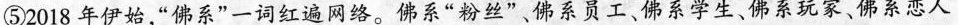
⑤2018年伊始”佛系”一词红遍网络。佛系”粉丝”。佛系员工、佛系学生、佛系玩家、佛系恋人